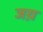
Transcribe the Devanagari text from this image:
जय़